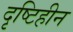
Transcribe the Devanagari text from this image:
दृष्‍टिहीन